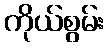
ကိုယ်စွမ်း